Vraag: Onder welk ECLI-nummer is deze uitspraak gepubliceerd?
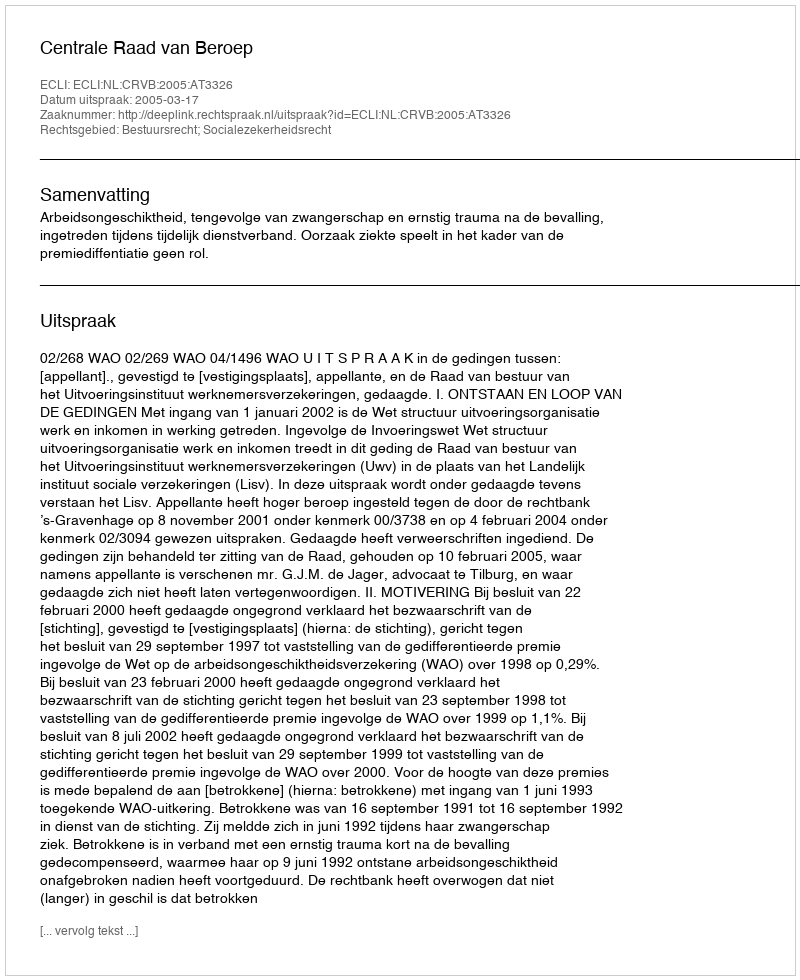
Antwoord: ECLI:NL:CRVB:2005:AT3326